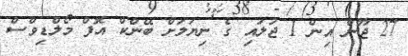
27 ޖޫން އިން 1 ޖުލައި ގެ ނިޔަލަށް ބޭންކް އޮފް މޯލްޑިވްސް